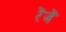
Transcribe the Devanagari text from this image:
रेंजें